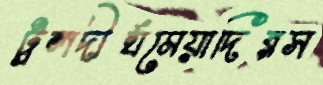
ট্রলদীর্ঘমেয়াদিরস